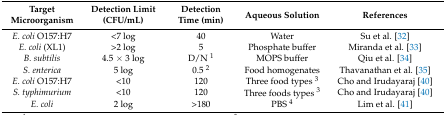
| Target Microorganism | Detection Limit (CFU/mL) | Detection Time (min) | Aqueous Solution | References |
 | --- | --- | --- | --- | --- |
 | E. coli O157:H7 | <7 log | 40 | Water | Su et al. [32] |
 | E. coli (XL1) | >2 log | 5 | Phosphate buffer | Miranda et al. [33] |
 | B. subtilis | 4.5 × 3 log | D/N 1 | MOPS buffer | Qiu et al. [34] |
 | S. enterica | 5 log | 0.5 2 | Food homogenates | Thavanathan et al. [35] |
 | E. coli O157:H7 | <10 | 120 | Three food types 3 | Cho and Irudayaraj [40] |
 | S. typhimurium | <10 | 120 | Three foods types 3 | Cho and Irudayaraj [40] |
 | E. coli | 2 log | >180 | PBS 4 | Lim et al. [41] |